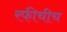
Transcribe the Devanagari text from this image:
रफीचीच